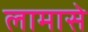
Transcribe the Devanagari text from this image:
लामासे